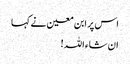
اس پر ابن معین نے کہا
ان شاء اللہ !